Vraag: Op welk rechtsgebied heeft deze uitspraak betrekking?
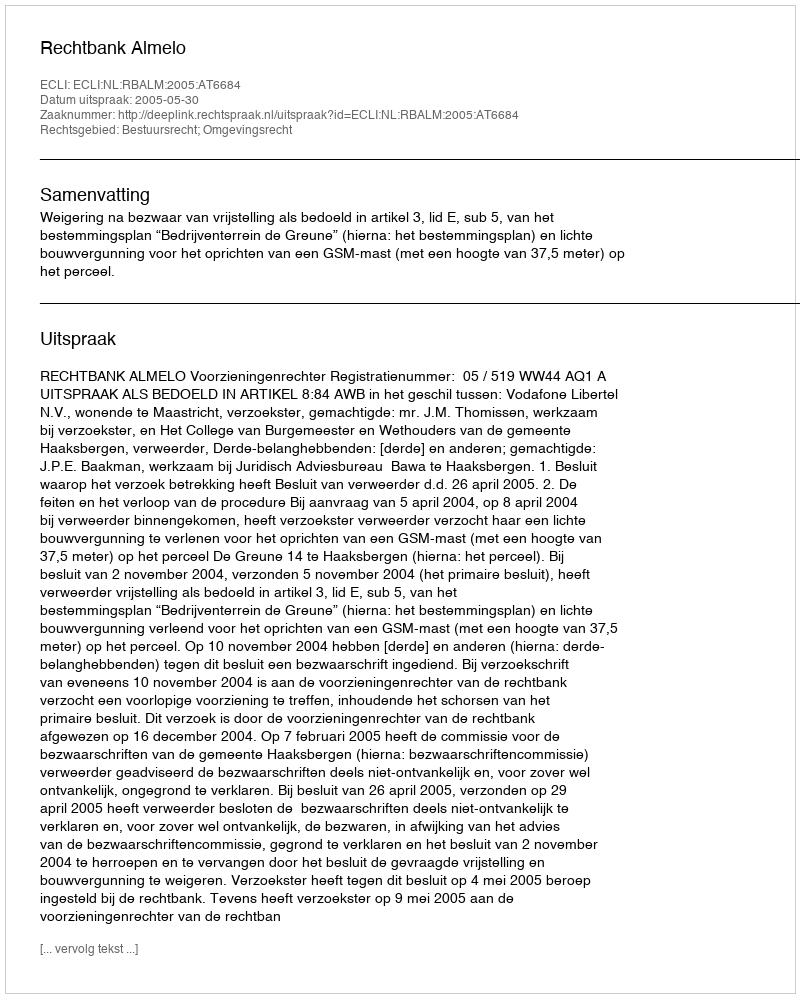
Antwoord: Bestuursrecht; Omgevingsrecht